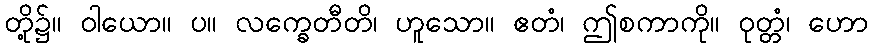
တို့၌။ ဝါယော။ ပ။ လက္ခေတီတိ၊ ဟူသော။ ဧတံ၊ ဤစကာကို။ ဝုတ္တံ၊ ဟော